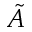
\tilde { A }